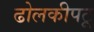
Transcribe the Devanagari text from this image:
ढोलकीपटू